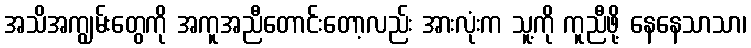
အသိအကျွမ်းတွေကို အကူအညီတောင်းတော့လည်း အားလုံးက သူ့ကို ကူညီဖို့ နေနေသာသာ၊